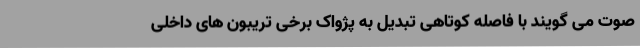
صوت می گویند با فاصله کوتاهی تبدیل به پژواک برخی تریبون های داخلی